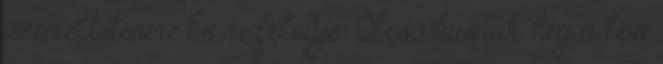
üzemeltetésére És ne feledje: Olcsó húsnak, híg a leve